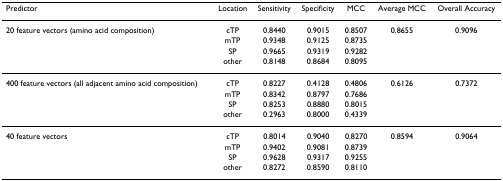
| Predictor | Location | Sensitivity | Specificity | MCC | Average MCC | Overall Accuracy |
 | --- | --- | --- | --- | --- | --- | --- |
 | 20 feature vectors (amino acid composition) | cTP | 0.8440 | 0.9015 | 0.8507 | 0.8655 | 0.9096 |
 |  | mTP | 0.9348 | 0.9125 | 0.8735 |  |  |
 |  | SP | 0.9665 | 0.9319 | 0.9282 |  |  |
 |  | other | 0.8148 | 0.8684 | 0.8095 |  |  |
 | 400 feature vectors (all adjacent amino acid composition) | cTP | 0.8227 | 0.4128 | 0.4806 | 0.6126 | 0.7372 |
 |  | mTP | 0.8342 | 0.8797 | 0.7686 |  |  |
 |  | SP | 0.8253 | 0.8880 | 0.8015 |  |  |
 |  | other | 0.2963 | 0.8000 | 0.4339 |  |  |
 | 40 feature vectors | cTP | 0.8014 | 0.9040 | 0.8270 | 0.8594 | 0.9064 |
 |  | mTP | 0.9402 | 0.9081 | 0.8739 |  |  |
 |  | SP | 0.9628 | 0.9317 | 0.9255 |  |  |
 |  | other | 0.8272 | 0.8590 | 0.8110 |  |  |